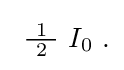
{\textstyle \ {\tfrac {\ 1\ }{2}}\ I_{0}~.}